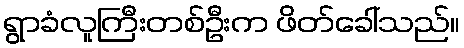
ရွာခံလူကြီးတစ်ဦးက ဖိတ်ခေါ်သည်။